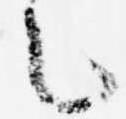
之